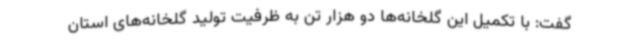
گفت: با تکمیل این گلخانه‌ها دو هزار تن به ظرفیت تولید گلخانه‌های استان